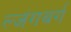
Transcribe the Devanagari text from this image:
ल्जंगबर्ग